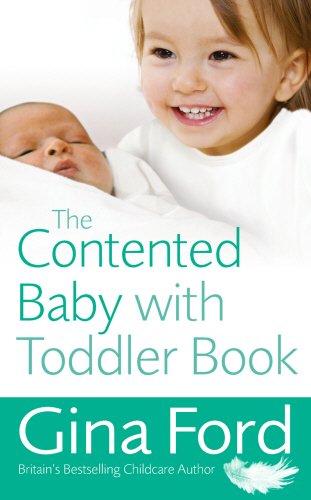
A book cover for The Contented Baby with Toddler Book; Gina Ford; Parenting & Relationships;